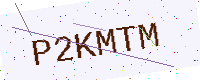
Text: P2KMTM